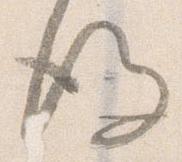
後